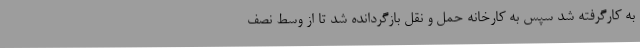
به کارگرفته شد سپس به کارخانه حمل و نقل بازگردانده شد تا از وسط نصف